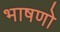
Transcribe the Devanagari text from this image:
भाषणो